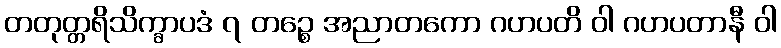
တတုတ္တရိသိက္ခာပဒံ ၇ တဉ္စေ အညာတကော ဂဟပတိ ဝါ ဂဟပတာနီ ဝါ